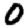
Digit: 0